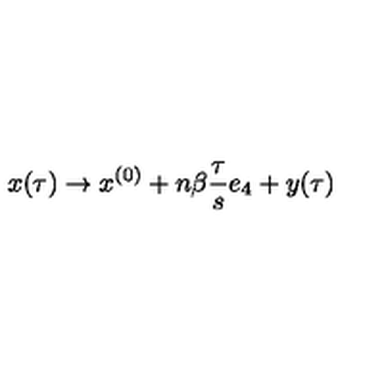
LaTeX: x ( \tau ) \rightarrow x ^ { ( 0 ) } + n \beta \frac { \tau } { s } e _ { 4 } + y ( \tau )